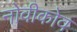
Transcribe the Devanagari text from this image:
नोवीकोव